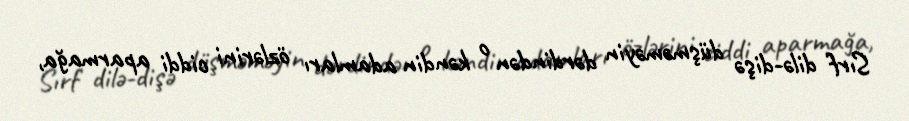
Sırf dilə-dişə düşməməyin dərdindən o kəndin adamları özlərini ciddi aparmağa,